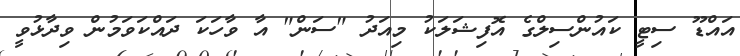
އައްޑޫ ސިޓީ ކައުންސިލްގެ އޮފިޝަލަކު މިއަދު "ސަން" އާ ވާހަކަ ދައްކަވަމުން ވިދާޅުވީ